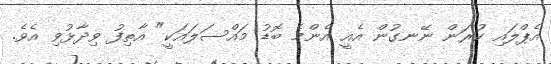
އެޕްލައި ކުރަން ނޭނގުން އެއީ އެންމެ ބޮޑު މައްސަލައަކީ" އާތިފު ވިދާޅުވި އެވެ.